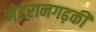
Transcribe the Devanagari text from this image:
मेहरानगढ़की